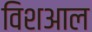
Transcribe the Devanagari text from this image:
विशआल